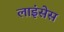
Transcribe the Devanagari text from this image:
लाइंसेस